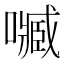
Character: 𡁧